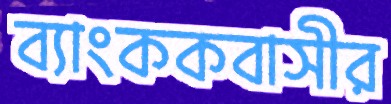
ব্যাংককবাসীর